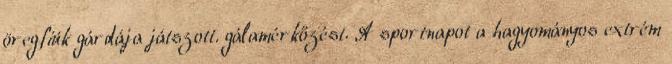
öregfiúk gárdája játszott. gálamérkőzést. A sportnapot a hagyományos extrém